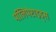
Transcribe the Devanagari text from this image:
पॉलिपेप्टाइड्स